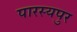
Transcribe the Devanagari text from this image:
पारस्यपुर